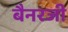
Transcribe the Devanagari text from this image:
बैनरजी